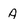
Character: A